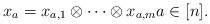
LaTeX: \begin{align*}x_a=x_{a,1}\otimes \dots \otimes x_{a,m} a\in [n].\end{align*}